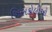
ખિસકોલીઓ